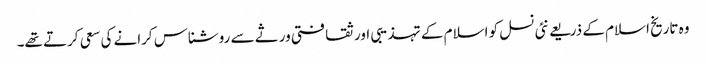
وہ تاریخ اسلام کے ذریعے نئی نسل کو اسلام کے تہذیبی اور ثقافتی ورثے سے روشناس کرانے کی سعی کرتے تھے۔